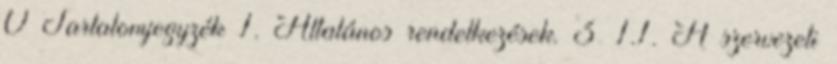
0 Tartalomjegyzék 1. Általános rendelkezések. 3 1.1. A szervezeti